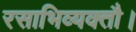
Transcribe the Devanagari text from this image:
रसाभिव्यक्तौ।